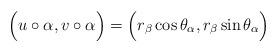
LaTeX: \begin{align*}\Big( u \circ \alpha, v \circ \alpha \Big) = \Big( r_\beta \cos \theta_\alpha, r_\beta \sin \theta_\alpha \Big)\end{align*}